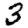
Digit: 3